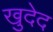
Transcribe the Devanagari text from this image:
खुदेद